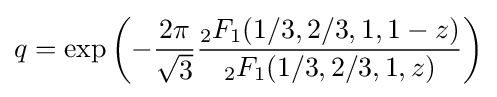
q=\exp \left(-{\frac {2\pi }{\sqrt {3}}}{\frac {{}_{2}F_{1}(1/3,2/3,1,1-z)}{{}_{2}F_{1}(1/3,2/3,1,z)}}\right)